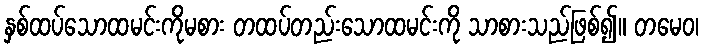
နှစ်ထပ်သောထမင်းကိုမစား တထပ်တည်းသောထမင်းကို သာစားသည်ဖြစ်၍။ တမေဝ၊